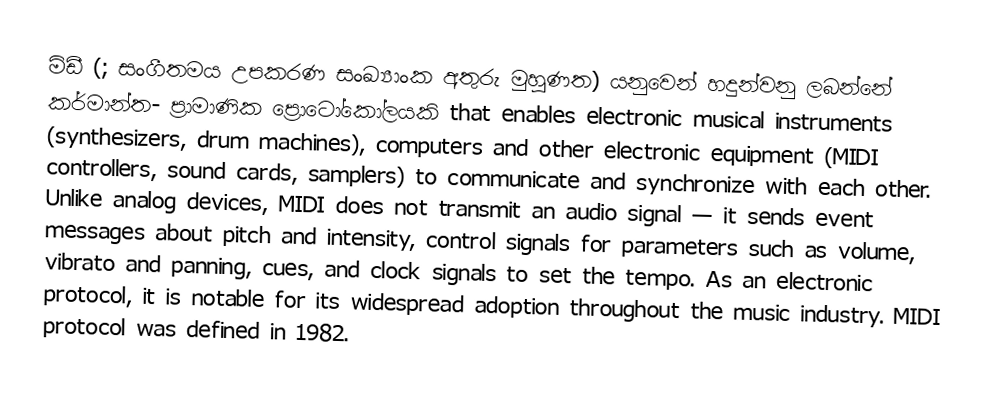
මිඩී (; සංගීතමය උපකරණ සංඛ්‍යාංක අතුරු මුහුණත) යනුවෙන් හදුන්වනු ලබන්නේ කර්මාන්ත-	ප්‍රාමාණික ප්‍රොටෝකෝලයකි that enables electronic musical instruments (synthesizers, drum machines), computers and other electronic equipment (MIDI controllers, sound cards, samplers) to communicate and synchronize with each other. Unlike analog devices, MIDI does not transmit an audio signal — it sends event messages about pitch and intensity, control signals for parameters such as volume, vibrato and panning, cues, and clock signals to set the tempo. As an electronic protocol, it is notable for its widespread adoption throughout the music industry. MIDI protocol was defined in 1982.